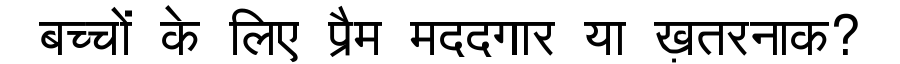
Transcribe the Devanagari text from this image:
बच्चों के लिए प्रैम मददगार या ख़तरनाक?